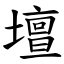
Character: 壇